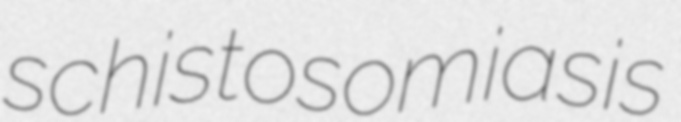
schistosomiasis